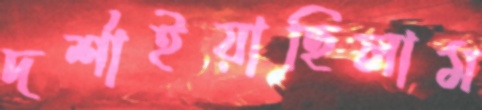
দর্শাইয়াছিলাম